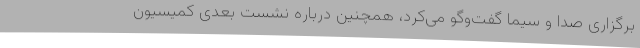
برگزاری صدا و سیما گفت‌وگو می‌کرد، همچنین درباره نشست بعدی کمیسیون